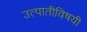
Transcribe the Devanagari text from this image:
उत्पातीविषयी